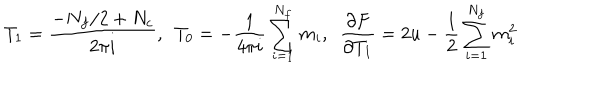
T _ { 1 } = \frac { - N _ { f } / 2 + N _ { c } } { 2 \pi i } , \ \ T _ { 0 } = - \frac { 1 } { 4 \pi i } \sum _ { i = 1 } ^ { N _ { f } } m _ { i } , \ \ \frac { \partial F } { \partial T _ { 1 } } = 2 u - \frac { 1 } { 2 } \sum _ { i = 1 } ^ { N _ { f } } m _ { i } ^ { 2 }